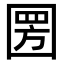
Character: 圐